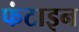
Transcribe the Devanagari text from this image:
फंटाइन